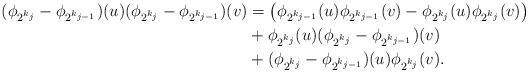
LaTeX: \begin{align*}(\phi_{2^{k_j}}- \phi_{2^{k_{j-1}}} )(u) (\phi_{2^{k_j}}- \phi_{2^{k_{j-1}}} )(v)& = \big( \phi_{2^{k_{j-1}}}(u)\phi_{2^{k_{j-1}}}(v) - \phi_{2^{k_{j}}}(u)\phi_{2^{k_{j}}}(v)\big ) \\& + \phi_{2^{k_{j}}}(u) (\phi_{2^{k_{j}}} - \phi_{2^{k_{j-1}}} )(v) \\& + (\phi_{2^{k_{j}}}-\phi_{2^{k_{j-1}}} )(u)\phi_{2^{k_{j}}}(v) . \end{align*}